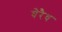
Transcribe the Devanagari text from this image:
घेरैध